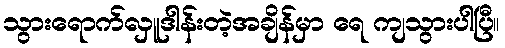
သွားရောက်လှူဒါန်းတဲ့အချိန်မှာ ရေ ကျသွားပါပြီ။